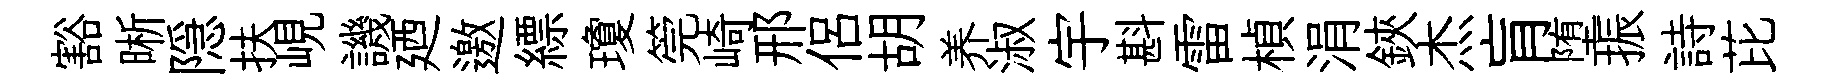
豁晰隠扶峴譏廼邀縹瓊筦崎邢侣胡养淑宇斟雷楨涓鋏杰肓堕振詩芘